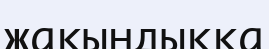
жакындыкка